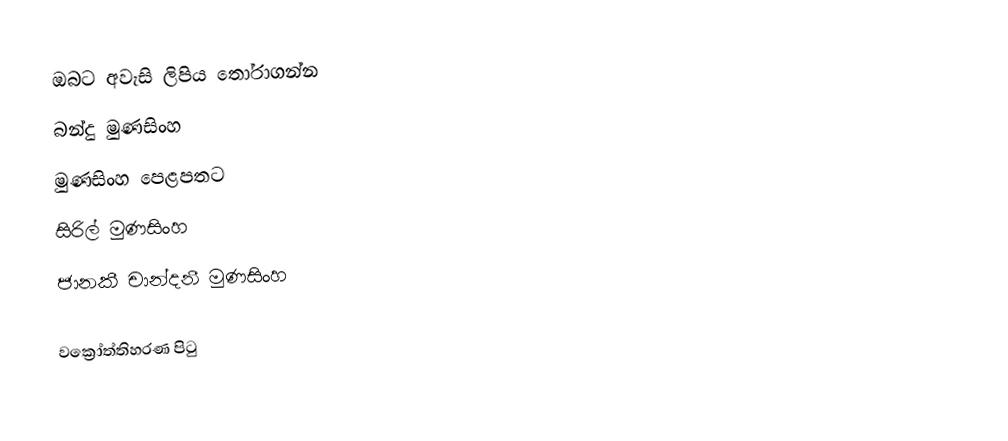
ඔබට අවැසි ලිපිය තෝරාගන්න
 බන්දු මුණසිංහ
 මුණසිංහ පෙළපතට
 සිරිල් මුණසිංහ
 ජානකී චාන්දනී මුණසිංහ

වක්‍රෝත්තිහරණ පිටු